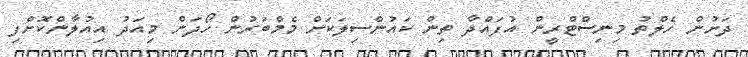
ދަށުން ހެލްތު މިނިސްޓްރީން އުފައްދާ ތިން ކައުންސިލަކަށް މެމްބަރުން ހޯދަން މިއަދު އިއުލާންކޮށްފި